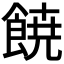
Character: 𩜙